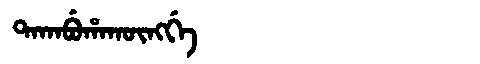
Manchu: ᡨᠠᡴᠠᠪᡠᡥᠠᡴᡡᠩᡤᡝ
Romanization: TAKABUHAKŪNGGE